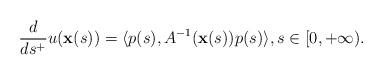
LaTeX: \begin{align*} \frac d{ds^+}u(\mathbf{x}(s))=\langle p(s),A^{-1}(\mathbf{x}(s))p(s)\rangle,s\in[0,+\infty). \end{align*}